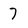
Character: 7